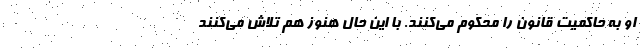
او به حاکمیت قانون را محکوم می‌کنند. با این حال هنوز هم تلاش می‌کنند